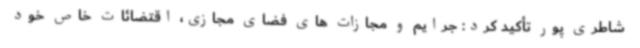
شاطری پور تأکید کرد: جرایم و مجازات های فضای مجازی، اقتضائات خاص خود